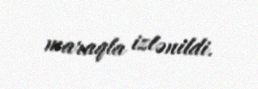
maraqla izlənildi.